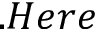
. H e r e